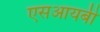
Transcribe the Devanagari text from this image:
एसआयबी